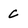
Character: C